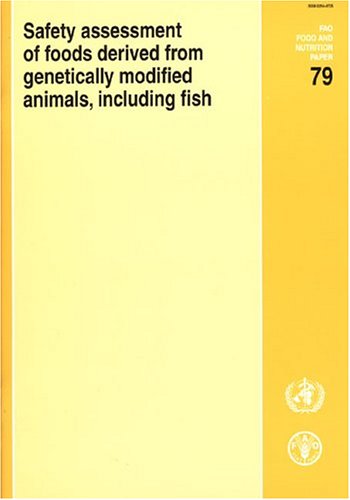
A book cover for Safety Assessment of Foods Derived from Genetically Modified Animals, Including Fish (FAO Food and Nutrition Papers); Food and Agriculture Organization of the United Nations; Health, Fitness & Dieting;